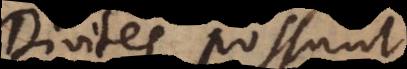
Divites possunt